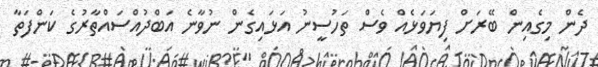
ދެން މިގެއިން ބޭރަށް ފިޔަވަޅެއް ވެސް ތަހުސީނު އަޅައިގެން ނުވާނެ އަބްދުއްސައްތާރުގެ ކަންފަތާ